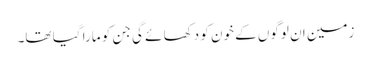
زمین ان لوگوں کے خون کو دکھا ئے گی جن کو مارا گیا تھا۔